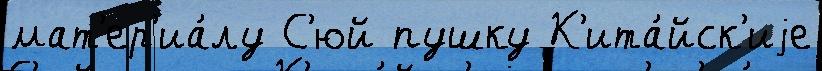
мат'ер'иа́лу С'юй пушку К'ита́йск'иjе